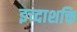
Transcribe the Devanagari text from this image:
इच्दाशक्ति